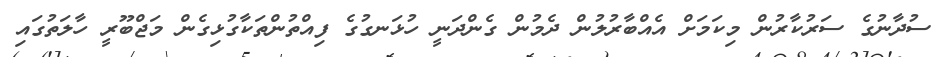
ސުދާނުގެ ސަރުކާރުން މިކަމަށް އެއްބާރުލުން ދެމުން ގެންދަނީ ހުޅަނގުގެ ފިއްތުންތަކާގުޅިގެން މަޖްބޫރީ ހާލަތުގައި